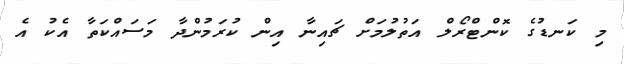
މި ކަނޑުގެ ކޮންޓްރޯލް އަތުލުމަށް ޗައިނާ އިން ކުރަމުންދާ މަސައްކަތާ އެކު އެ